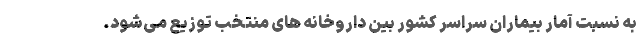
به نسبت آمار بیماران سراسر کشور بین داروخانه های منتخب توزیع می‌شود.